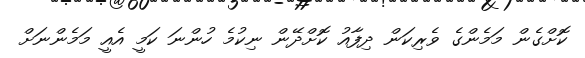
ކޮށްގެން މަމެންގެ ވެރިކަން ދިފާއު ކޮށްދޭން ނިކުމެ ހުންނަ ކަމީ އެއީ މަމެންނަށް